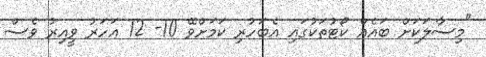
"މިސާލަކަށް ބައެއް ކޯޓުތަކުގައި އެބަހުރި ކަމަށްވޭ 10- 12 އަހަރު ވީއިރު ވެސް